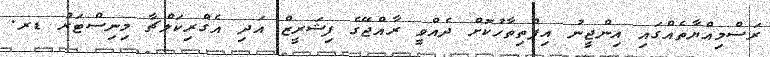
ރަސްމިއްޔާތެއްގައި އިންޖީނު އިފްތިތާހުކޮށް ދެއްވީ ރާއްޖޭގެ ފިޝަރީޒް އަދި އެގްރިކަލްޗާ މިނިސްޓަރު ޑރ.